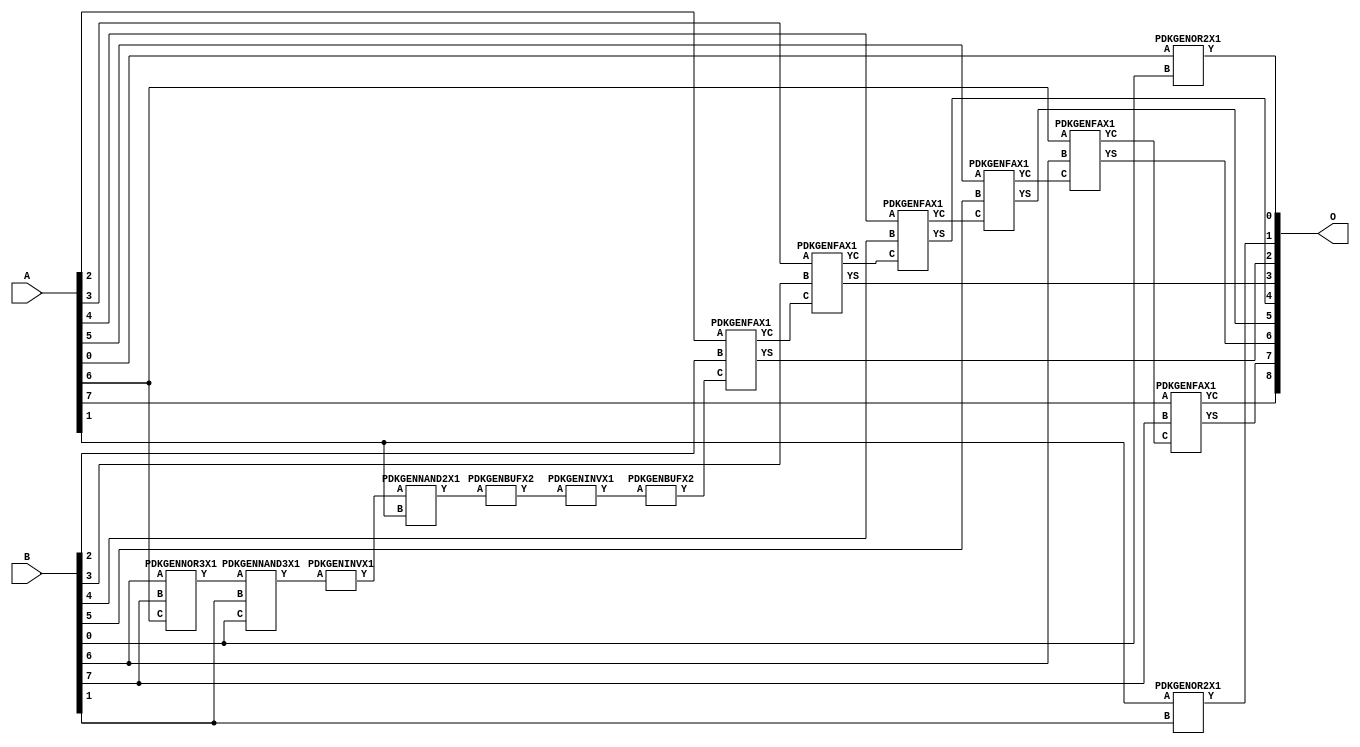
// Library = EvoApprox8b
// Circuit = add8_396
// Area   (180) = 988
// Delay  (180) = 1.930
// Power  (180) = 269.80
// Area   (45) = 73
// Delay  (45) = 0.730
// Power  (45) = 26.46
// Nodes = 15
// HD = 87744
// MAE = 0.73438
// MSE = 1.43750
// MRE = 0.38 %
// WCE = 3
// WCRE = 50 %
// EP = 43.8 %

module add8_396(A, B, O);
  input [7:0] A;
  input [7:0] B;
  output [8:0] O;
  wire [2031:0] N;

  assign N[0] = A[0];
  assign N[1] = A[0];
  assign N[2] = A[1];
  assign N[3] = A[1];
  assign N[4] = A[2];
  assign N[5] = A[2];
  assign N[6] = A[3];
  assign N[7] = A[3];
  assign N[8] = A[4];
  assign N[9] = A[4];
  assign N[10] = A[5];
  assign N[11] = A[5];
  assign N[12] = A[6];
  assign N[13] = A[6];
  assign N[14] = A[7];
  assign N[15] = A[7];
  assign N[16] = B[0];
  assign N[17] = B[0];
  assign N[18] = B[1];
  assign N[19] = B[1];
  assign N[20] = B[2];
  assign N[21] = B[2];
  assign N[22] = B[3];
  assign N[23] = B[3];
  assign N[24] = B[4];
  assign N[25] = B[4];
  assign N[26] = B[5];
  assign N[27] = B[5];
  assign N[28] = B[6];
  assign N[29] = B[6];
  assign N[30] = B[7];
  assign N[31] = B[7];

  PDKGENOR2X1 n32(.A(N[0]), .B(N[16]), .Y(N[32]));
  PDKGENNOR3X1 n38(.A(N[28]), .B(N[30]), .C(N[12]), .Y(N[38]));
  assign N[39] = N[38];
  PDKGENNAND3X1 n52(.A(N[39]), .B(N[18]), .C(N[16]), .Y(N[52]));
  assign N[53] = N[52];
  PDKGENINVX1 n58(.A(N[53]), .Y(N[58]));
  assign N[59] = N[58];
  PDKGENNAND2X1 n62(.A(N[59]), .B(N[2]), .Y(N[62]));
  PDKGENOR2X1 n82(.A(N[2]), .B(N[18]), .Y(N[82]));
  assign N[83] = N[82];
  PDKGENBUFX2 n104(.A(N[62]), .Y(N[104]));
  assign N[105] = N[104];
  PDKGENINVX1 n126(.A(N[105]), .Y(N[126]));
  assign N[127] = N[126];
  PDKGENBUFX2 n130(.A(N[127]), .Y(N[130]));
  assign N[131] = N[130];
  PDKGENFAX1 n132(.A(N[4]), .B(N[20]), .C(N[131]), .YS(N[132]), .YC(N[133]));
  PDKGENFAX1 n182(.A(N[6]), .B(N[22]), .C(N[133]), .YS(N[182]), .YC(N[183]));
  PDKGENFAX1 n232(.A(N[8]), .B(N[24]), .C(N[183]), .YS(N[232]), .YC(N[233]));
  PDKGENFAX1 n282(.A(N[10]), .B(N[26]), .C(N[233]), .YS(N[282]), .YC(N[283]));
  PDKGENFAX1 n332(.A(N[12]), .B(N[28]), .C(N[283]), .YS(N[332]), .YC(N[333]));
  PDKGENFAX1 n382(.A(N[14]), .B(N[30]), .C(N[333]), .YS(N[382]), .YC(N[383]));

  assign O[0] = N[32];
  assign O[1] = N[83];
  assign O[2] = N[132];
  assign O[3] = N[182];
  assign O[4] = N[232];
  assign O[5] = N[282];
  assign O[6] = N[332];
  assign O[7] = N[382];
  assign O[8] = N[383];

endmodule
/* mod */
module PDKGENNAND3X1(input A, input B, input C, output Y );
     assign Y = ~((A & B) & C);
endmodule
/* mod */
module PDKGENOR2X1(input A, input B, output Y );
     assign Y = A | B;
endmodule
/* mod */
module PDKGENINVX1(input A, output Y );
     assign Y = ~A;
endmodule
/* mod */
module PDKGENFAX1( input A, input B, input C, output YS, output YC );
    assign YS = (A ^ B) ^ C;
    assign YC = (A & B) | (B & C) | (A & C);
endmodule
/* mod */
module PDKGENNOR3X1(input A, input B, input C, output Y );
     assign Y = ~((A | B) | C);
endmodule
/* mod */
module PDKGENBUFX2(input A, output Y );
     assign Y = A;
endmodule
/* mod */
module PDKGENNAND2X1(input A, input B, output Y );
     assign Y = ~(A & B);
endmodule